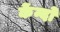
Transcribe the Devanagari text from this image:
केंन्दों